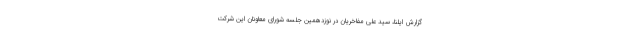
گزارش ایلنا، سید علی مفاخریان در نوزدهمین جلسه شورای معاونان این شرکت